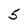
Character: 5